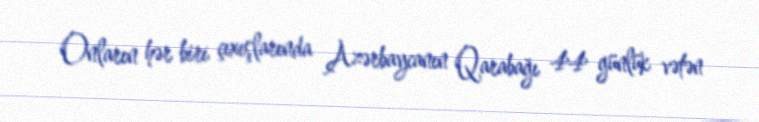
Onların hər biri çıxışlarında Azərbaycanın Qarabağı 44 günlük vətən